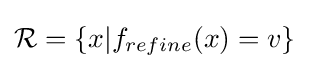
{\mathcal {R}}=\{x|f_{refine}(x)=v\}